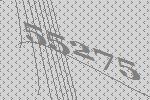
55275